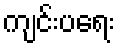
ကျင်းပရေး